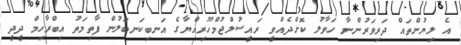
އެ ލިޔުންތައް ދަރިވަރުންނާ ހަވާލު ކޮށްދެއްވީ ރައީސުލްޖުމްހޫރިއްޔާގެ އަނބިކަނބަލުން ފާތިމަތު އިބްރާހިމް ދީދީ